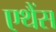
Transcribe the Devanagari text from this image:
एथैंस